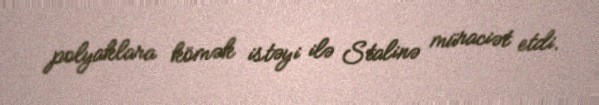
polyaklara kömək istəyi ilə Stalinə müraciət etdi.